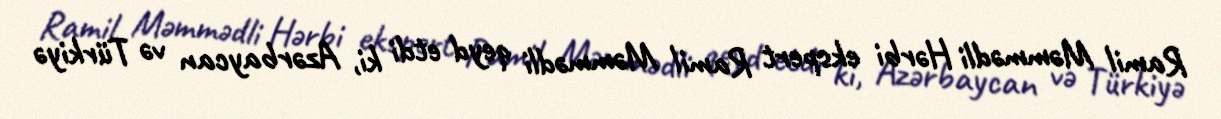
Ramil Məmmədli Hərbi ekspert Ramil Məmmədli qeyd etdi ki, Azərbaycan və Türkiyə